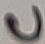
Text: C